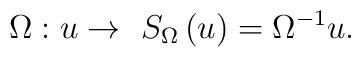
\Omega : u \rightarrow\ {S_{\Omega}} \left(u \right)={{\Omega}^{-1}}u.